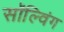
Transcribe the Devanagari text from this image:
सॉल्विंग